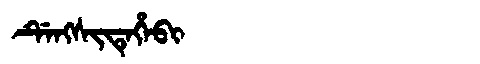
Manchu: ᡩᡝᠩᠰᡳᡨᡝᡥᡝᠪᡳ
Romanization: DENGSITEHEBI